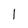
Character: l